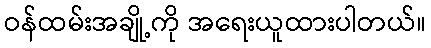
ဝန်ထမ်းအချို့ကို အရေးယူထားပါတယ်။